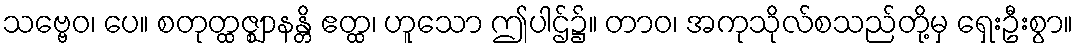
သဗ္ဗေဝ၊ ပေ။ စတုတ္ထဇ္ဈာနန္တိ ဧတ္ထ၊ ဟူသော ဤပါဌ်၌။ တာဝ၊ အကုသိုလ်စသည်တို့မှ ရှေးဦးစွာ။